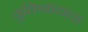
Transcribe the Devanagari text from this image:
युक्तिवादाला